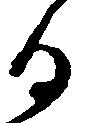
る